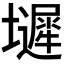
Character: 𫮼